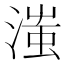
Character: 滍